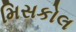
મિસકોલ